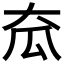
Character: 𡗷